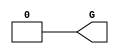
// $Header: /devl/xcs/repo/env/Databases/CAEInterfaces/xec_libs/data/unisims/GND.v,v 1.1 2005/05/10 01:20:03 wloo Exp $

/*

FUNCTION	: GND cell

*/

`celldefine
`timescale  100 ps / 10 ps

module GND(G);

    output G;

	assign G = 1'b0;

endmodule